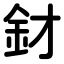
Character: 釮